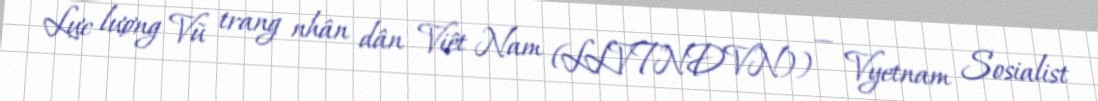
Lực lượng Vũ trang nhân dân Việt Nam (LLVTNDVN)) — Vyetnam Sosialist